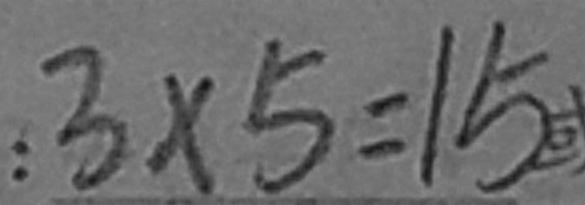
: 3 \times 5 = 1 5 或